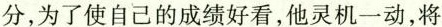
分，为了使自己的成绩好看，他灵机一动，将